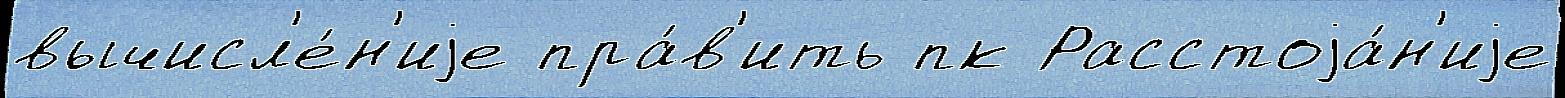
вычисл'е́н'иjе пра́в'ить пк Расстоjа́н'иjе